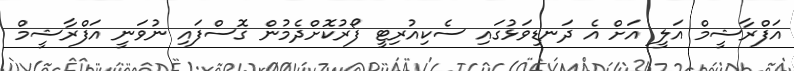
އަފްރާޝީމް އަލީ އަށް އެ ދަނޑިވަޅުގައި ސެކިއުރިޓީ ފޯރުކޮށްދެމުން ގޮސްފައި ނުވަނީ އަފްރާޝީމް